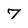
Character: 7